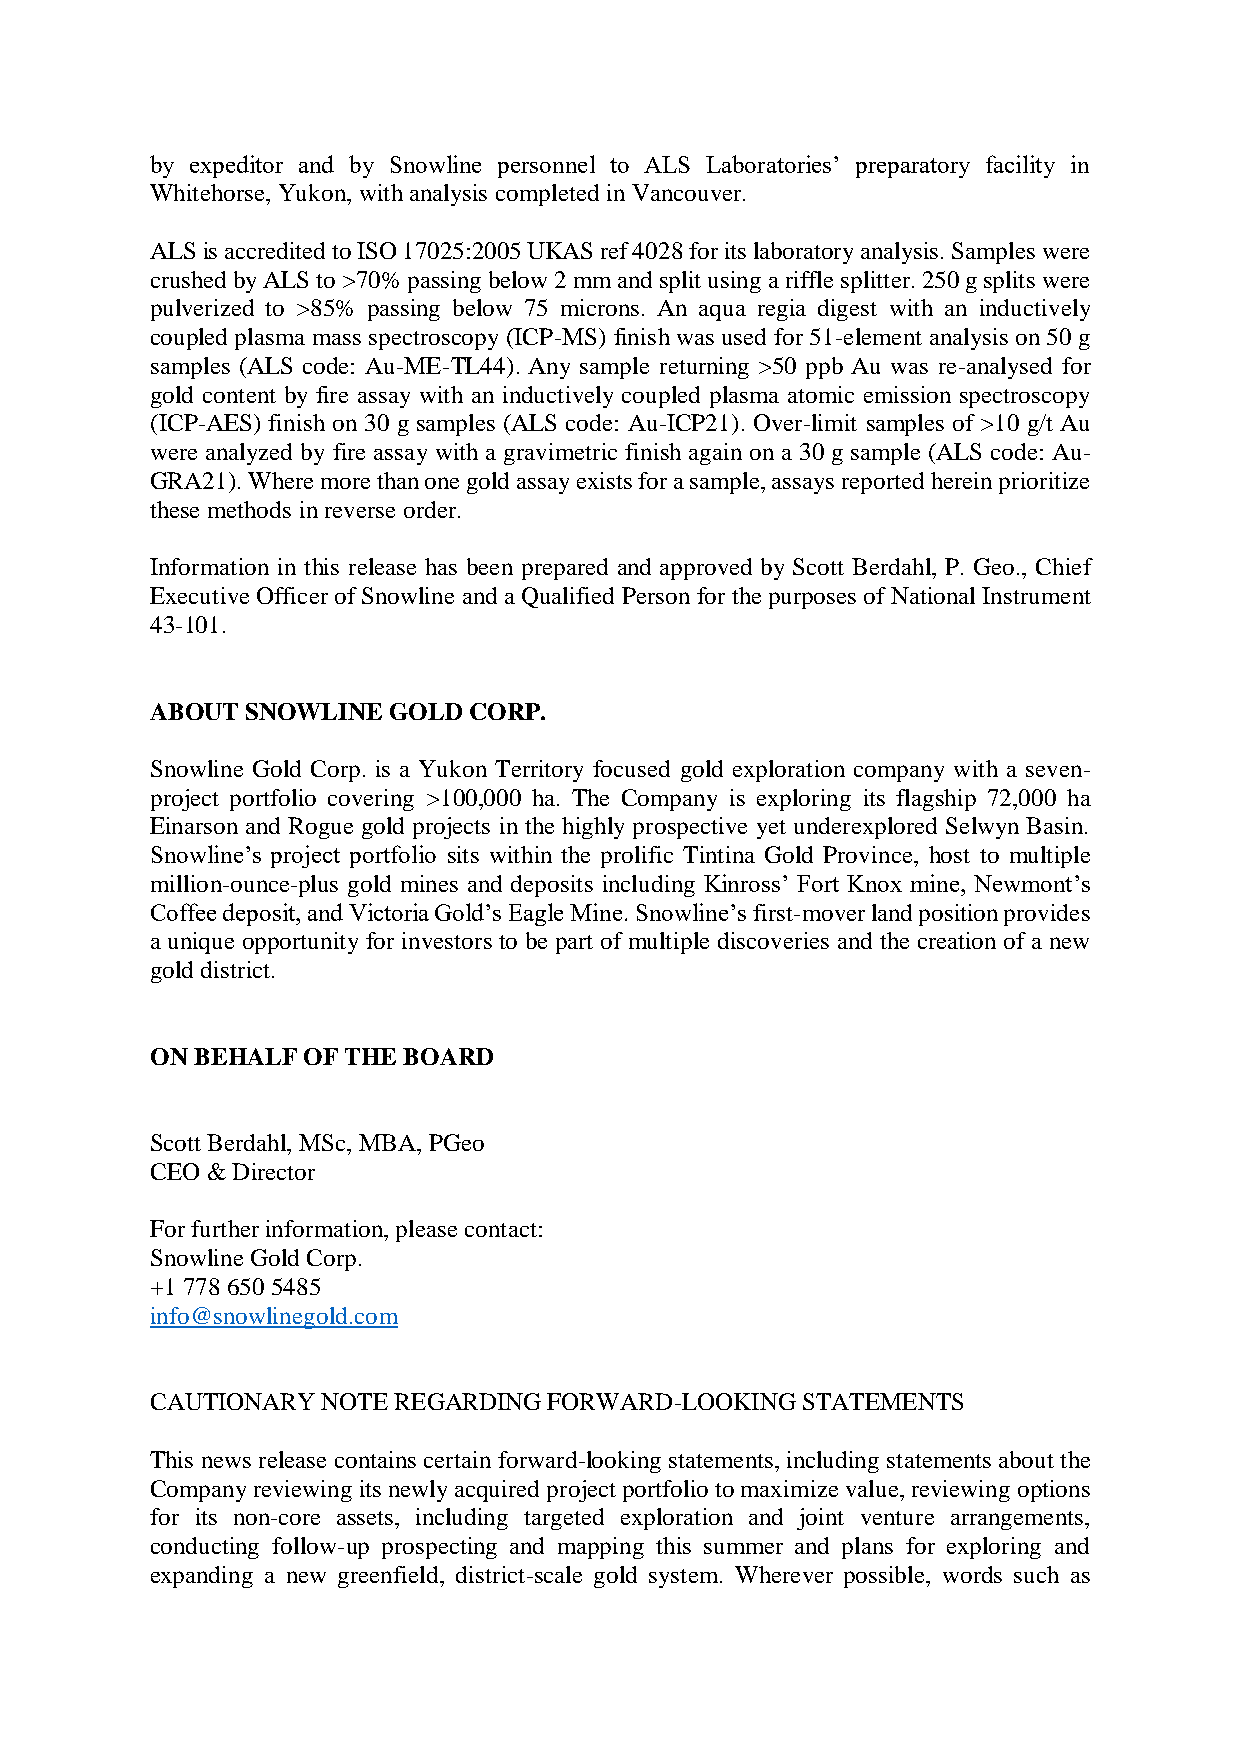
by expeditor and by Snowline personnel to ALS Laboratories’ preparatory facility in
 Whitehorse, Yukon, with analysis completed in Vancouver.
 ALS is accredited to ISO 17025:2005 UKAS ref 4028 for its laboratory analysis. Samples were
 crushed by ALS to >70% passing below 2 mm and split using a riffle splitter. 250 g splits were
 pulverized to >85% passing below 75 microns. An aqua regia digest with an inductively
 coupled plasma mass spectroscopy (ICP-MS) finish was used for 51-element analysis on 50 g
 samples (ALS code: Au-ME-TL44). Any sample returning >50 ppb Au was re-analysed for
 gold content by fire assay with an inductively coupled plasma atomic emission spectroscopy
 (ICP-AES) finish on 30 g samples (ALS code: Au-ICP21). Over-limit samples of >10 g/t Au
 were analyzed by fire assay with a gravimetric finish again on a 30 g sample (ALS code: Au-
 GRA21). Where more than one gold assay exists for a sample, assays reported herein prioritize
 these methods in reverse order.
 Information in this release has been prepared and approved by Scott Berdahl, P. Geo., Chief
 Executive Officer of Snowline and a Qualified Person for the purposes of National Instrument
 43-101.
 ABOUT SNOWLINE  GOLD CORP.
 Snowline Gold Corp. is a Yukon Territory focused gold exploration company with a seven-
 project portfolio covering >100,000 ha. The Company is exploring its flagship 72,000 ha
 Einarson and Rogue gold projects in the highly prospective yet underexplored Selwyn Basin.
 Snowline’s project portfolio sits within the prolific Tintina Gold Province, host to multiple
 million-ounce-plus gold mines and deposits including Kinross’ Fort Knox mine, Newmont’s
 Coffee deposit, and Victoria Gold’s Eagle Mine. Snowline’s first-mover land position provides
 a unique opportunity for investors to be part of multiple discoveries and the creation of a new
 gold district.
 ON BEHALF OF THE BOARD
 Scott Berdahl, MSc, MBA, PGeo
 CEO & Director
 For further information, please contact:
 Snowline Gold Corp.
 +1 778 650 5485
 info@snowlinegold.com
 CAUTIONARY NOTE REGARDING FORWARD-LOOKING  STATEMENTS
 This news release contains certain forward-looking statements, including statements about the
 Company reviewing its newly acquired project portfolio to maximize value, reviewing options
 for its non-core assets, including targeted exploration and joint venture arrangements,
 conducting follow-up prospecting and mapping this summer and plans for exploring and
 expanding a new greenfield, district-scale gold system. Wherever possible, words such as